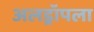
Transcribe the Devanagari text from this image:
अलड्रॉपला